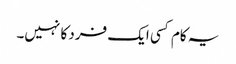
یہ کام کسی ایک فرد کا نہیں۔